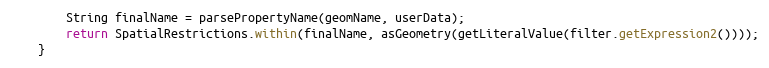
Language: Java
		String finalName = parsePropertyName(geomName, userData);
		return SpatialRestrictions.within(finalName, asGeometry(getLiteralValue(filter.getExpression2())));
	}